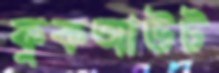
কুকআউট